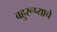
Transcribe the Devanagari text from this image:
बहुरूप्याचे